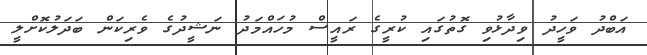
އަބްދު ވަހީދު ވިދާޅުވި ގޮތުގައި ކުރީގެ ރައީސް މުހައްމަދު ނަޝީދުގެ ވެރިކަން ބަދަލުކޮށްލީ